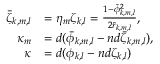
\begin{array} { r l } { \bar { \zeta } _ { k , m , l } } & { = \eta _ { m } \zeta _ { k , l } = \frac { 1 - \bar { \phi } _ { k , m , l } ^ { 2 } } { 2 \bar { r } _ { k , m , l } } , } \\ { \kappa _ { m } } & { = d ( \bar { \phi } _ { k , m , l } - n d \bar { \zeta } _ { k , m , l } ) , } \\ { \kappa } & { = d ( { \phi } _ { k , l } - n d \zeta _ { k , l } ) } \end{array}